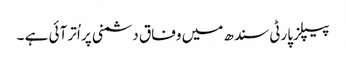
پیپلزپارٹی سندھ میں وفاق دشمنی پر اُتر آئی ہے ۔